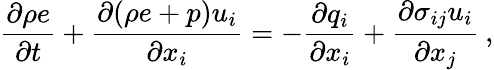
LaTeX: \frac{\partial\rho e}{\partial t}+\frac{\partial(\rho e+p)u_{i}}{\partial x_{i}}=-\frac{\partial q_{i}}{\partial x_{i}}+\frac{\partial\sigma_{ij}u_{i}}{\partial x_{j}}\: ,